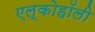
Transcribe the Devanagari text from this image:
एल्कोहॉली